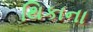
થિકાના